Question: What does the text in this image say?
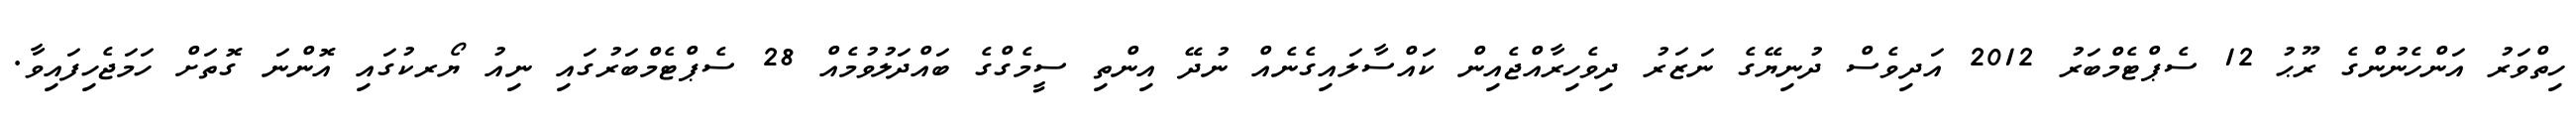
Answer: ހިތްވަރު އަންހެނުންގެ ރޫޙު 12 ސެޕްޓެމްބަރު 2012 އަދިވެސް ދުނިޔޭގެ ނަޒަރު ދިވެހިރާއްޖެއިން ކައްސާލައިގެނެއް ނުދޭ އިންތި ސީމެގްގެ ބައްދަލުވުމެއް 28 ސެޕްޓެމްބަރުގައި ނިއު ޔޯރކުގައި އޮންނަ ގޮތަށް ހަމަޖެހިފައިވާ.